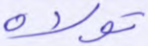
تولاه